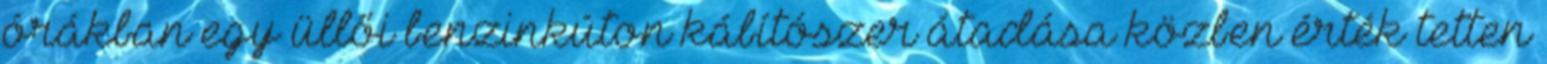
órákban egy üllői benzinkúton kábítószer átadása közben érték tetten